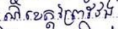
នៅខេត្តព្រៃវែង